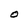
Character: O